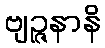
ဗျဉ္ဇနာနိ